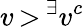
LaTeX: v\, {>}\, ^{\exists}v^{c}